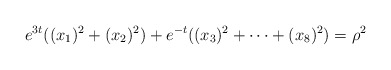
\begin{align*}e^{3t}((x_1)^2+(x_2)^2)+e^{-t}((x_3)^2+\cdots+(x_8)^2)=\rho^2\end{align*}